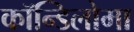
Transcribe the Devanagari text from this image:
कॉन्डिलोमा